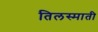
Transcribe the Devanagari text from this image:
तिलस्माती